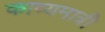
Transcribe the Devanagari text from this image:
काव्यमात्री